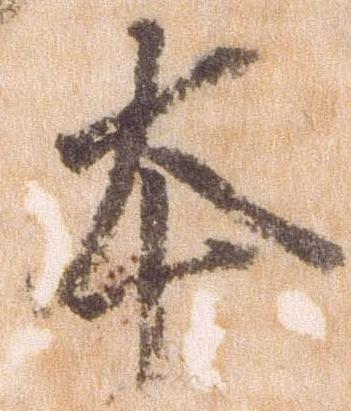
本